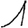
Digit: 1